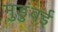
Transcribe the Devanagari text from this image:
मुडुंबई